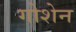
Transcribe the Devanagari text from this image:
गोशेन